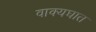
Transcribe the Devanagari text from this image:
वाक्यघात